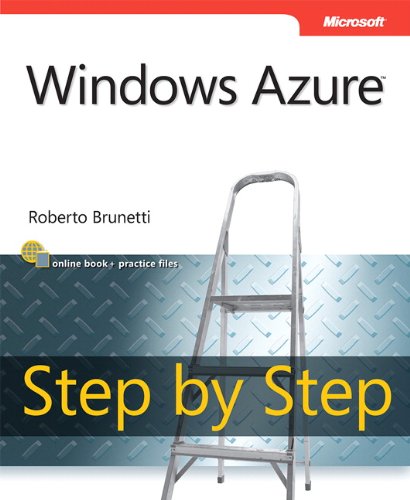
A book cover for Windows Azure Step by Step (Step by Step Developer); Roberto Brunetti; Computers & Technology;